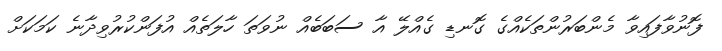
ފޮނުވާފައިވާ މެންބަރުންތަކެއްގެ ގޮނޑި ގެއްލޭ އާ ސަބަބެއް ނުވަތަ ހާލަތެއް އުފަންކުރުވިދާނެ ކަމަކަށް